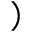
)